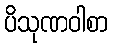
ပိသုဏဝါစာ